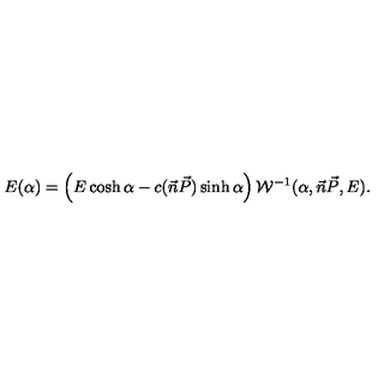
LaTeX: E ( \alpha ) = \left( E \cosh \alpha - c ( \vec { n } \vec { P } ) \sinh \alpha \right) { \cal { W } } ^ { - 1 } ( \alpha , \vec { n } \vec { P } , E ) .